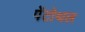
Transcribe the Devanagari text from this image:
पेंटोथल